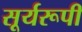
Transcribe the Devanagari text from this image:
सूर्यरूपी